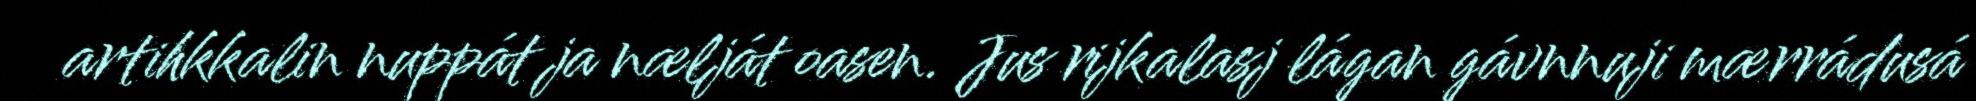
artihkkalin nuppát ja nælját oasen. Jus rijkalasj lágan gávnnuji mærrádusá